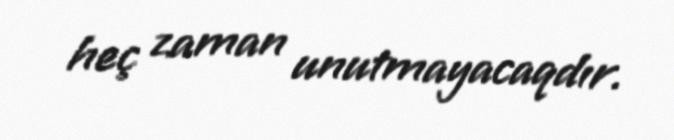
heç zaman unutmayacaqdır.